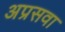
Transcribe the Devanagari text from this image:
अप्रसवा